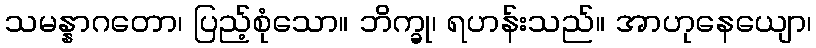
သမန္နာဂတော၊ ပြည့်စုံသော။ ဘိက္ခု၊ ရဟန်းသည်။ အာဟုနေယျော၊